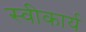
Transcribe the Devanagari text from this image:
स्‍वीकार्य